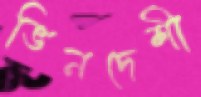
ভিনদেশী